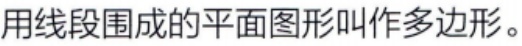
用线段围成的平面图形叫作多边形。